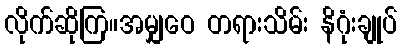
လိုက်ဆိုကြ။အမျှဝေ တရားသိမ်း နိဂုံးချုပ်